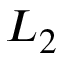
L _ { 2 }